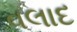
વલાદ